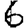
Digit: 6